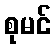
စုမင်